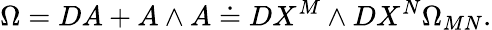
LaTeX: \Omega=DA+A\wedge A\doteq DX^{M}\wedge DX^{N}\Omega_{MN}.